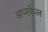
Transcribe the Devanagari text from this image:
अप्स्केल